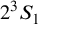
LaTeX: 2 ^ { 3 } S _ { 1 }